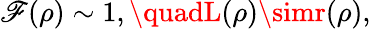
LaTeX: \mathscr{F}(\rho)\sim1,\quadL(\rho)\simr(\rho),